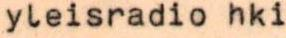
yleisradio hki